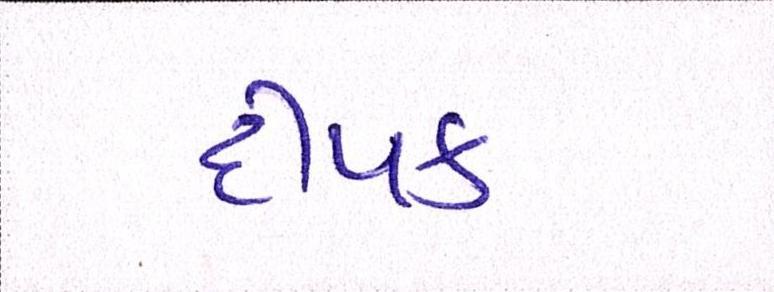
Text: દીપક